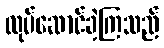
လုပ်ဆောင်ခဲ့ကြသည်